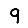
Digit: 9